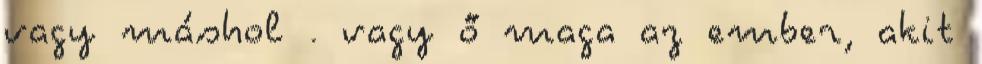
vagy máshol . vagy ő maga az ember, akit